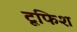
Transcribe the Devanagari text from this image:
टूफिश